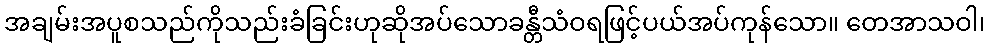
အချမ်းအပူစသည်ကိုသည်းခံခြင်းဟုဆိုအပ်သောခန္တီသံဝရဖြင့်ပယ်အပ်ကုန်သော။ တေအာသဝါ၊